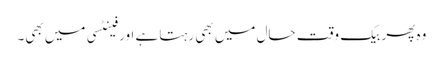
وہ پھر بیک وقت حال میں بھی رہتا ہے اور فینٹسی میں بھی۔